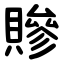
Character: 贂